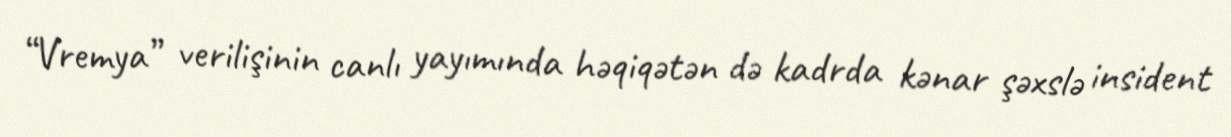
“Vremya” verilişinin canlı yayımında həqiqətən də kadrda kənar şəxslə insident